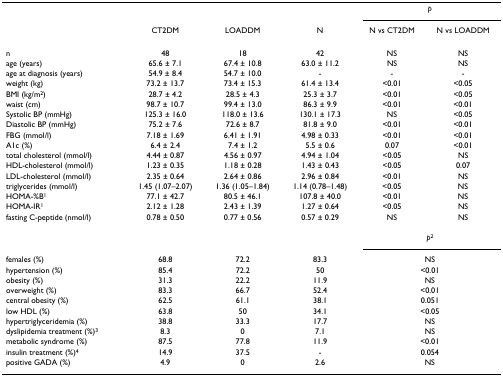
<table><thead><tr><td></td><td></td><td></td><td></td><td colspan="2"><b><i>p</i></b></td></tr><tr><td></td><td><b>CT2DM</b></td><td><b>LOADDM</b></td><td><b>N</b></td><td><b>N vs CT2DM</b></td><td><b>N vs LOADDM</b></td></tr></thead><tbody><tr><td>n</td><td>48</td><td>18</td><td>42</td><td>NS</td><td>NS</td></tr><tr><td>age (years)</td><td>65.6 ± 7.1</td><td>67.4 ± 10.8</td><td>63.0 ± 11.2</td><td>NS</td><td>NS</td></tr><tr><td>age at diagnosis (years)</td><td>54.9 ± 8.4</td><td>54.7 ± 10.0</td><td>-</td><td>-</td><td>-</td></tr><tr><td>weight (kg)</td><td>73.2 ± 13.7</td><td>73.4 ± 15.3</td><td>61.4 ± 13.4</td><td>&lt;0.01</td><td>&lt;0.05</td></tr><tr><td>BMI (kg/m<sup>2</sup>)</td><td>28.7 ± 4.2</td><td>28.5 ± 4.3</td><td>25.3 ± 3.7</td><td>&lt;0.01</td><td>&lt;0.05</td></tr><tr><td>waist (cm)</td><td>98.7 ± 10.7</td><td>99.4 ± 13.0</td><td>86.3 ± 9.9</td><td>&lt;0.01</td><td>&lt;0.01</td></tr><tr><td>Systolic BP (mmHg)</td><td>125.3 ± 16.0</td><td>118.0 ± 13.6</td><td>130.1 ± 17.3</td><td>NS</td><td>&lt;0.05</td></tr><tr><td>Diastolic BP (mmHg)</td><td>75.2 ± 7.6</td><td>72.6 ± 8.7</td><td>81.8 ± 9.0</td><td>&lt;0.01</td><td>&lt;0.01</td></tr><tr><td>FBG (mmol/l)</td><td>7.18 ± 1.69</td><td>6.41 ± 1.91</td><td>4.98 ± 0.33</td><td>&lt;0.01</td><td>&lt;0.01</td></tr><tr><td>A1c (%)</td><td>6.4 ± 2.4</td><td>7.4 ± 1.2</td><td>5.5 ± 0.6</td><td>0.07</td><td>&lt;0.01</td></tr><tr><td>total cholesterol (mmol/l)</td><td>4.44 ± 0.87</td><td>4.56 ± 0.97</td><td>4.94 ± 1.04</td><td>&lt;0.05</td><td>NS</td></tr><tr><td>HDL-cholesterol (mmol/l)</td><td>1.23 ± 0.35</td><td>1.18 ± 0.28</td><td>1.43 ± 0.43</td><td>&lt;0.05</td><td>0.07</td></tr><tr><td>LDL-cholesterol (mmol/l)</td><td>2.35 ± 0.64</td><td>2.64 ± 0.86</td><td>2.96 ± 0.84</td><td>&lt;0.01</td><td>NS</td></tr><tr><td>triglycerides (mmol/l)</td><td>1.45 (1.07–2.07)</td><td>1.36 (1.05–1.84)</td><td>1.14 (0.78–1.48)</td><td>&lt;0.05</td><td>NS</td></tr><tr><td>HOMA-%B<sup>1</sup></td><td>77.1 ± 42.7</td><td>80.5 ± 46.1</td><td>107.8 ± 40.0</td><td>&lt;0.01</td><td>NS</td></tr><tr><td>HOMA-IR<sup>1</sup></td><td>2.12 ± 1.28</td><td>2.43 ± 1.39</td><td>1.27 ± 0.64</td><td>&lt;0.05</td><td>NS</td></tr><tr><td>fasting C-peptide (nmol/l)</td><td>0.78 ± 0.50</td><td>0.77 ± 0.56</td><td>0.57 ± 0.29</td><td>NS</td><td>NS</td></tr><tr><td></td><td></td><td></td><td></td><td colspan="2"><i>p</i><sup>2</sup></td></tr><tr><td>females (%)</td><td>68.8</td><td>72.2</td><td>83.3</td><td colspan="2">NS</td></tr><tr><td>hypertension (%)</td><td>85.4</td><td>72.2</td><td>50</td><td colspan="2">&lt;0.01</td></tr><tr><td>obesity (%)</td><td>31.3</td><td>22.2</td><td>11.9</td><td colspan="2">NS</td></tr><tr><td>overweight (%)</td><td>83.3</td><td>66.7</td><td>52.4</td><td colspan="2">&lt;0.01</td></tr><tr><td>central obesity (%)</td><td>62.5</td><td>61.1</td><td>38.1</td><td colspan="2">0.051</td></tr><tr><td>low HDL (%)</td><td>63.8</td><td>50</td><td>34.1</td><td colspan="2">&lt;0.05</td></tr><tr><td>hypertriglyceridemia (%)</td><td>38.8</td><td>33.3</td><td>17.7</td><td colspan="2">NS</td></tr><tr><td>dyslipidemia treatment (%)<sup>3</sup></td><td>8.3</td><td>0</td><td>7.1</td><td colspan="2">NS</td></tr><tr><td>metabolic syndrome (%)</td><td>87.5</td><td>77.8</td><td>11.9</td><td colspan="2">&lt;0.01</td></tr><tr><td>insulin treatment (%)<sup>4</sup></td><td>14.9</td><td>37.5</td><td>-</td><td colspan="2">0.054</td></tr><tr><td>positive GADA (%)</td><td>4.9</td><td>0</td><td>2.6</td><td colspan="2">NS</td></tr></tbody></table>